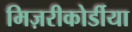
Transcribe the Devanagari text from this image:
मिज़रीकोर्डीया